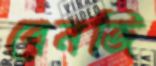
বেনজি